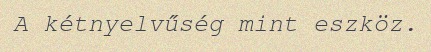
A kétnyelvűség mint eszköz.